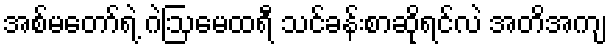
အစ်မတော်ရဲ့ ဂဲဩမေထရီ သင်ခန်းစာဆိုရင်လဲ အတိအကျ